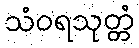
သံဝရသုတ္တံ